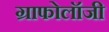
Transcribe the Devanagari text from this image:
ग्राफोलॉजी